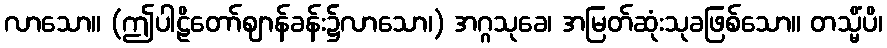
လာသော။ (ဤပါဠိတော်ဈာန်ခန်း၌လာသော၊) အဂ္ဂသုခေ၊ အမြတ်ဆုံးသုခဖြစ်သော။ တသ္မိံပိ၊